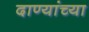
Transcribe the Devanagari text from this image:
दाण्यांच्या